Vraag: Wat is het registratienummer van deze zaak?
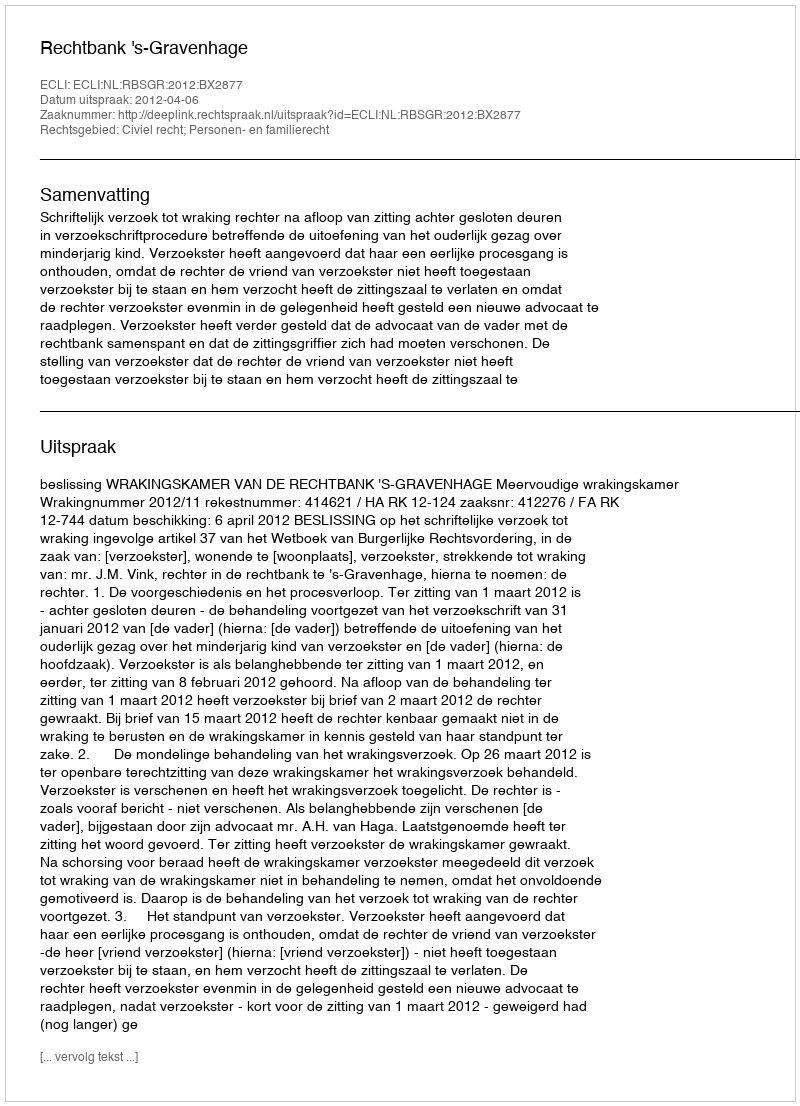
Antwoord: http://deeplink.rechtspraak.nl/uitspraak?id=ECLI:NL:RBSGR:2012:BX2877